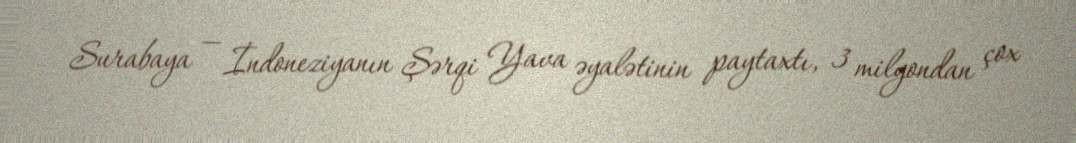
Surabaya — İndoneziyanın Şərqi Yava əyalətinin paytaxtı, 3 milyondan çox